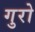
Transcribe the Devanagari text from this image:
गुरो